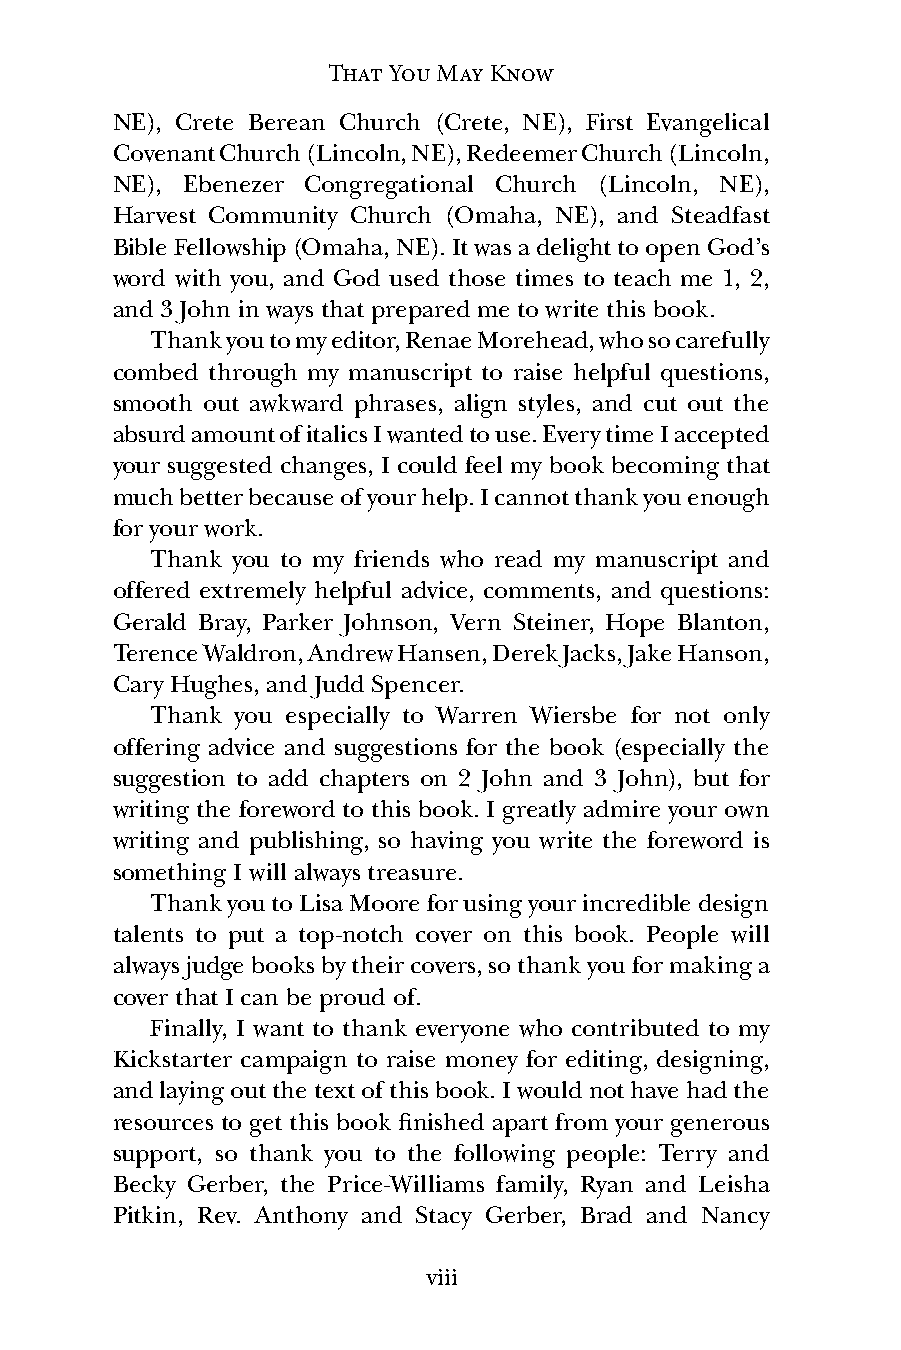
That You May Know
 NE), Crete Berean Church (Crete, NE), First Evangelical
 Covenant Church (Lincoln, NE), Redeemer Church (Lincoln,
 NE), Ebenezer Congregational Church (Lincoln, NE),
 Harvest Community Church (Omaha, NE), and Steadfast
 Bible Fellowship (Omaha, NE). It was a delight to open God’s
 word with you, and God used those times to teach me 1, 2,
 and 3 John in ways that prepared me to write this book.
 Thank you to my editor, Renae Morehead, who so carefully
 combed through my manuscript to raise helpful questions,
 smooth out awkward phrases, align styles, and cut out the
 absurd amount of italics I wanted to use. Every time I accepted
 your suggested changes, I could feel my book becoming that
 much better because of your help. I cannot thank you enough
 for your work.
 Thank you to my friends who read my manuscript and
 offered extremely helpful advice, comments, and questions:
 Gerald Bray, Parker Johnson, Vern Steiner, Hope Blanton,
 Terence Waldron, Andrew Hansen, Derek Jacks, Jake Hanson,
 Cary Hughes, and Judd Spencer.
 Thank you especially to Warren Wiersbe for not only
 offering advice and suggestions for the book (especially the
 suggestion to add chapters on 2 John and 3 John), but for
 writing the foreword to this book. I greatly admire your own
 writing and publishing, so having you write the foreword is
 something I will always treasure.
 Thank you to Lisa Moore for using your incredible design
 talents to put a top-notch cover on this book. People will
 always judge books by their covers, so thank you for making a
 cover that I can be proud of.
 Finally, I want to thank everyone who contributed to my
 Kickstarter campaign to raise money for editing, designing,
 and laying out the text of this book. I would not have had the
 resources to get this book finished apart from your generous
 support, so thank you to the following people: Terry and
 Becky Gerber, the Price-Williams family, Ryan and Leisha
 Pitkin, Rev. Anthony and Stacy Gerber, Brad and Nancy
 viii